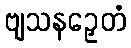
ဗျသနဉှေတံ